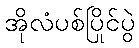
အိုလံပစ်ပြိုင်ပွဲ